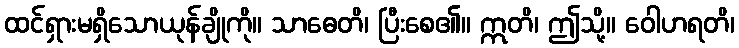
ထင်ရှားမရှိသောယုန်ချိုကို။ သာဓေတိ၊ ပြီးစေ၏။ ဣတိ၊ ဤသို့။ ဝေါဟရတိ၊